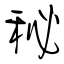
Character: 秘